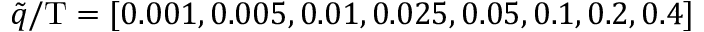
\tilde { q } / \mathrm { T } = [ 0 . 0 0 1 , 0 . 0 0 5 , 0 . 0 1 , 0 . 0 2 5 , 0 . 0 5 , 0 . 1 , 0 . 2 , 0 . 4 ]